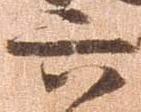
六